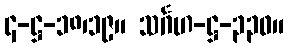
၄-ဋ္ဌ-၁၈၊၁၉။ သင်္ဂဟ-ဋ္ဌ-၃၃၀။